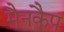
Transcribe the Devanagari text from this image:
मैनकैप